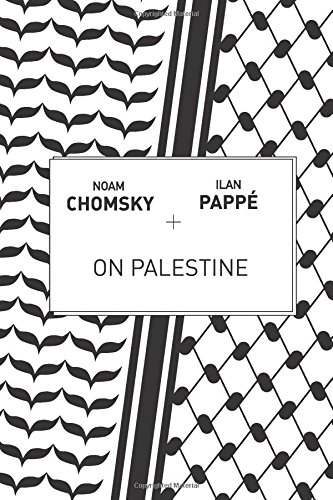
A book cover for On Palestine; Noam Chomsky; Law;